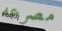
مصرعه